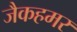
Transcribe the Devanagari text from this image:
जैकहमर